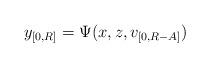
LaTeX: \begin{align*}y_{[0,R]}=\Psi(x,z,v_{[0,R-A]})\end{align*}